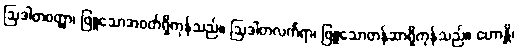
ဩဒါတဝတ္ထာ၊ ဖြူသောအဝတ်ရှိကုန်သည်။ ဩဒါတလင်္ကရာ၊ ဖြူသောတန်ဆာရှိကုန်သည်။ ဟောန္တိ၊